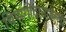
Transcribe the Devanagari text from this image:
थिप्पगोंदानाहल्ली